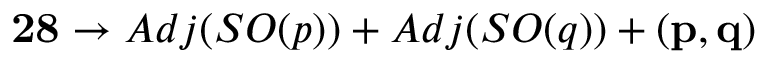
{ \bf 2 8 } \rightarrow A d j ( S O ( p ) ) + A d j ( S O ( q ) ) + { \bf ( p , q ) }